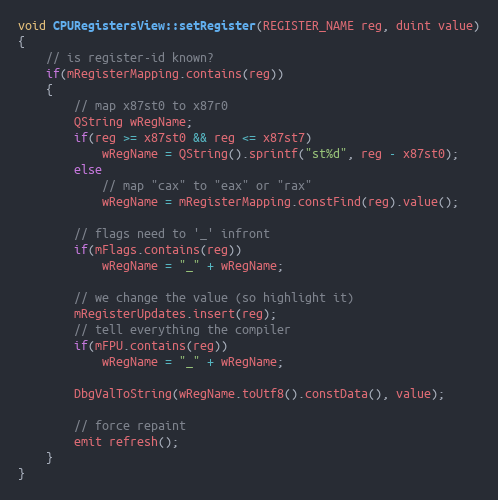
Language: C++
void CPURegistersView::setRegister(REGISTER_NAME reg, duint value)
{
    // is register-id known?
    if(mRegisterMapping.contains(reg))
    {
        // map x87st0 to x87r0
        QString wRegName;
        if(reg >= x87st0 && reg <= x87st7)
            wRegName = QString().sprintf("st%d", reg - x87st0);
        else
            // map "cax" to "eax" or "rax"
            wRegName = mRegisterMapping.constFind(reg).value();

        // flags need to '_' infront
        if(mFlags.contains(reg))
            wRegName = "_" + wRegName;

        // we change the value (so highlight it)
        mRegisterUpdates.insert(reg);
        // tell everything the compiler
        if(mFPU.contains(reg))
            wRegName = "_" + wRegName;

        DbgValToString(wRegName.toUtf8().constData(), value);

        // force repaint
        emit refresh();
    }
}